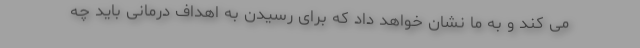
می کند و به ما نشان خواهد داد که برای رسیدن به اهداف درمانی باید چه